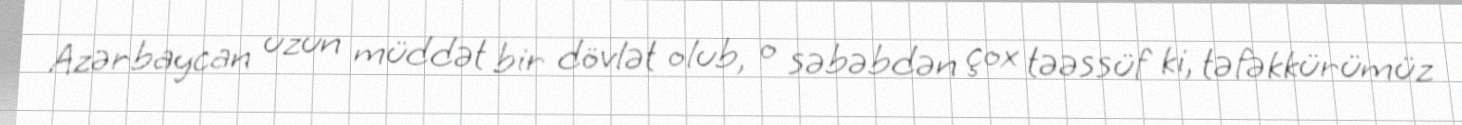
Azərbaycan uzun müddət bir dövlət olub, o səbəbdən çox təəssüf ki, təfəkkürümüz